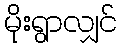
မိုးရွာလျှင်